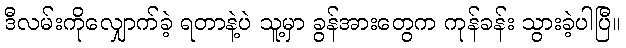
ဒီလမ်းကိုလျှောက်ခဲ့ ရတာနဲ့ပဲ သူ့မှာ ခွန်အားတွေက ကုန်ခန်း သွားခဲ့ပါပြီ။